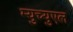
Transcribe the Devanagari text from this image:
म्युच्युएल